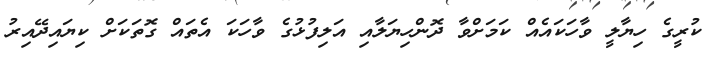
ކުރީގެ ހިޔާލީ ވާހަކައެއް ކަމަށްވާ ދޮންހިޔަލާއި އަލިފުޅުގެ ވާހަކަ އެތައް ގޮތަކަށް ކިޔައިދޭއިރު